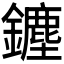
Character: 𨮞